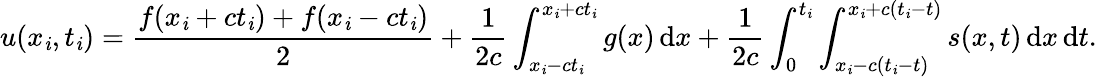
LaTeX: u(x_{\mathit{i}},t_{\mathit{i}})={\frac{{f(x_{\mathit{i}}+ct_{\mathit{i}})+f(x_{\mathit{i}}-ct_{\mathit{i}})}}{{2}}}+{\frac{{1}}{{2c}}}\int_{x_{\mathit{i}}-ct_{\mathit{i}}}^{x_{\mathit{i}}+ct_{\mathit{i}}}g(x)\, \mathrm{{d}}x+{\frac{{1}}{{2c}}}\int_{0}^{t_{\mathit{i}}}\int_{x_{\mathit{i}}-c\left(t_{\mathit{i}}-t\right)}^{x_{\mathit{i}}+c\left(t_{\mathit{i}}-t\right)}s(x,t)\, \mathrm{{d}}x\, \mathrm{{d}}t.